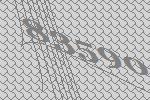
83590